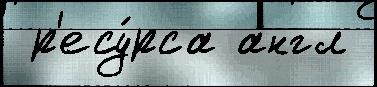
 р'есу́рса англ